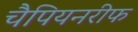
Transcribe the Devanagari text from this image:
चैपियनरीफ